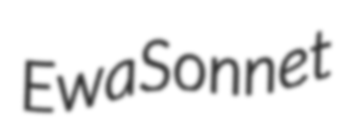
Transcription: Ewa Sonnet